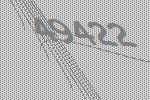
49422